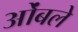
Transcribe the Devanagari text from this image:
ओंबले